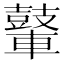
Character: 𮝪